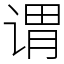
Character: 谓